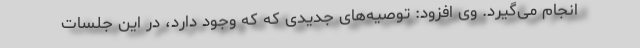
انجام می‌گیرد. وی افزود: توصیه‌های جدیدی که که وجود دارد، در این جلسات